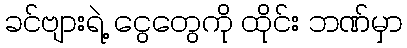
ခင်ဗျားရဲ့ ငွေတွေကို ထိုင်း ဘဏ်မှာ